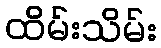
ထိမ်းသိမ်း